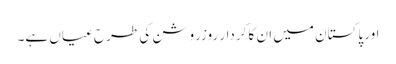
اور پاکستان میں ان کا کردار روزروشن کی طرح عیاں ہے۔